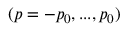
( p = - p _ { 0 } , . . . , p _ { 0 } )